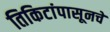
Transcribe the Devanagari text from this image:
तिकिटांपासूनचे